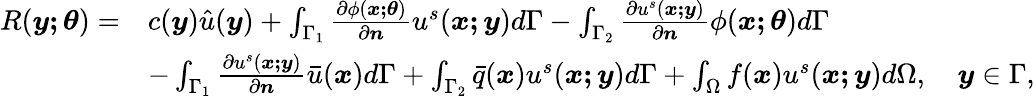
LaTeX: \begin{array}{rl}{R(\boldsymbol{y;\theta})=}&{c(\boldsymbol{y})\hat{u}(\boldsymbol{y})+\int_{\Gamma_{1}}\frac{\partial\phi(\boldsymbol{x;\theta})}{\partial\boldsymbol{n}}u^{s}(\boldsymbol{x;y})d\Gamma-\int_{\Gamma_{2}}\frac{\partial u^{s}(\boldsymbol{x;y})}{\partial\boldsymbol{n}}\phi(\boldsymbol{x;\theta})d\Gamma}\\ &{-\int_{\Gamma_{1}}\frac{\partial u^{s}(\boldsymbol{x;y})}{\partial\boldsymbol{n}}\bar{u}(\boldsymbol{x})d\Gamma+\int_{\Gamma_{2}}\bar{q}(\boldsymbol{x})u^{s}(\boldsymbol{x;y})d\Gamma+\int_{\Omega}f(\boldsymbol{x})u^{s}(\boldsymbol{x;y})d\Omega,\quad\boldsymbol{y}\in\Gamma,}\end{array}